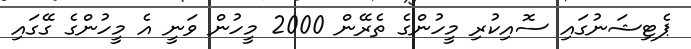
ޕެޓިޝަނުގައި ސޮއިކުރި މީހުންގެ ތެރޭން 2000 މީހުން ވަނީ އެ މީހުންގެ ގޭގައި